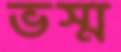
ভস্ম